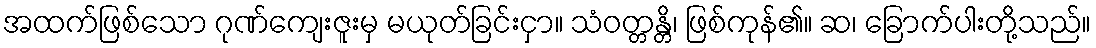
အထက်ဖြစ်သော ဂုဏ်ကျေးဇူးမှ မယုတ်ခြင်းငှာ။ သံဝတ္တန္တိ၊ ဖြစ်ကုန်၏။ ဆ၊ ခြောက်ပါးတို့သည်။